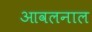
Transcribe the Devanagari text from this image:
आवलनाल